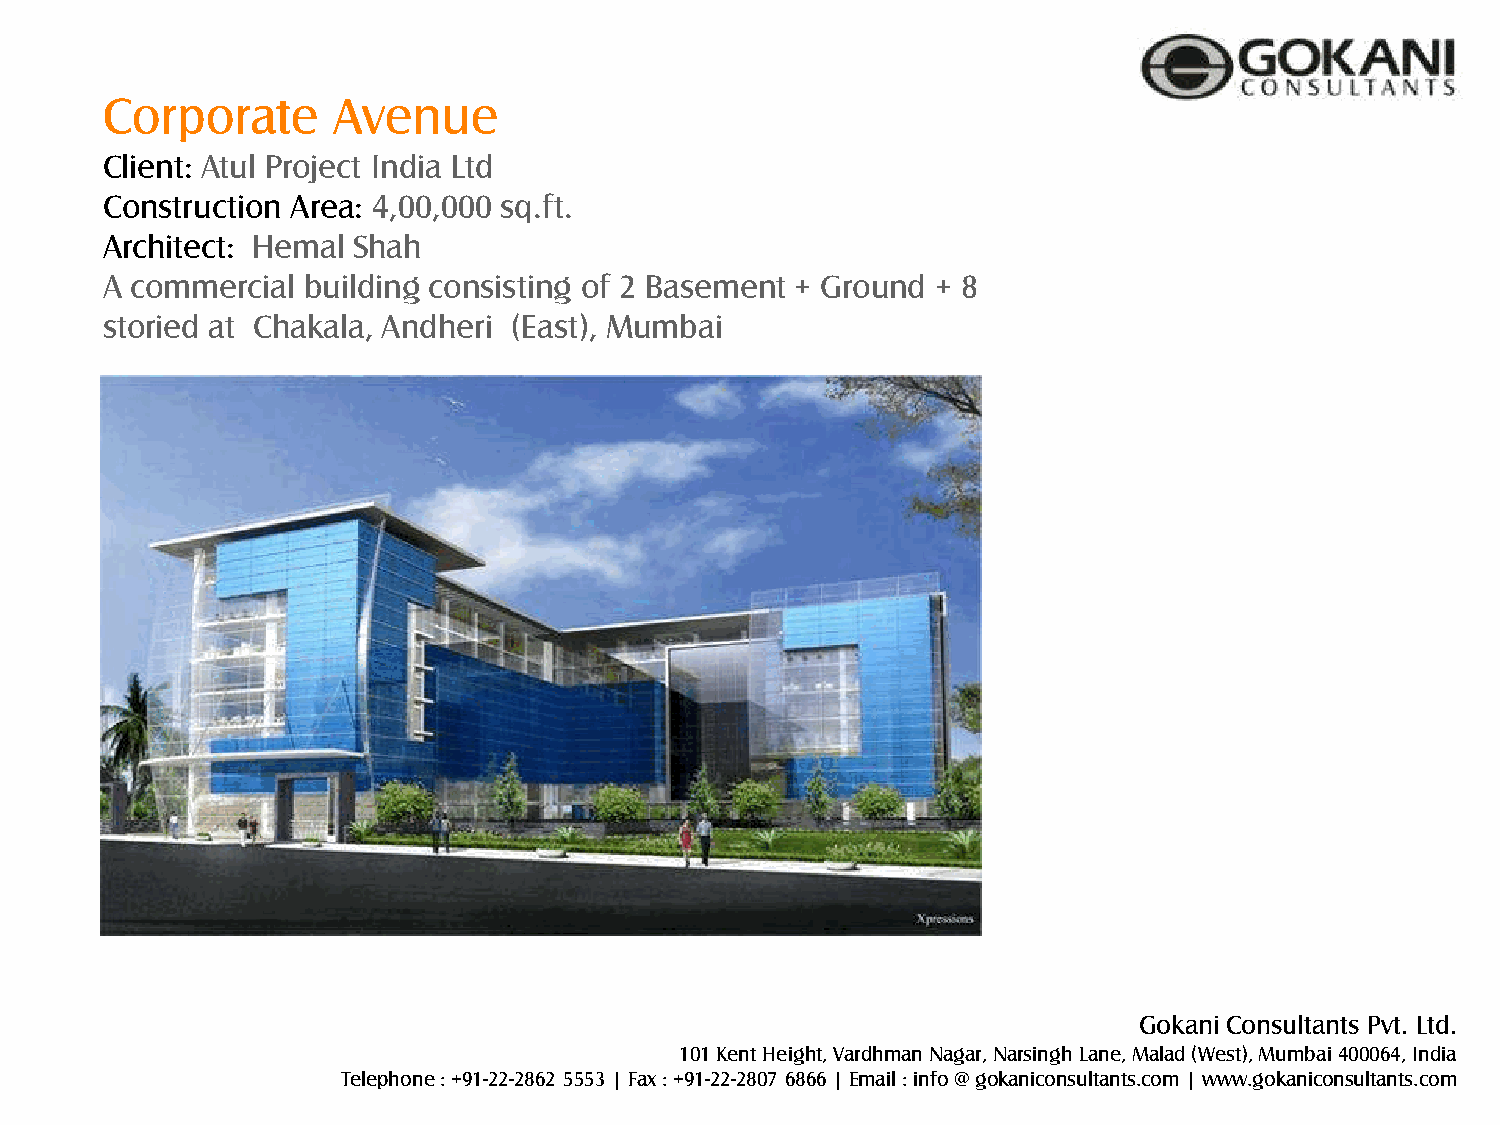
Corporate      Avenue
 Client: Atul Project India Ltd
 Construction Area: 4,00,000 sq.ft.
 Architect: Hemal Shah
 A commercial building consisting of 2 Basement + Ground + 8
 storied at Chakala, Andheri (East), Mumbai
 Gokani Consultants Pvt. Ltd.
 101 Kent Height, Vardhman Nagar, Narsingh Lane, Malad (West), Mumbai 400064, India
 Telephone : +91-22-2862 5553 | Fax : +91-22-2807 6866 | Email : info @ gokaniconsultants.com | www.gokaniconsultants.com